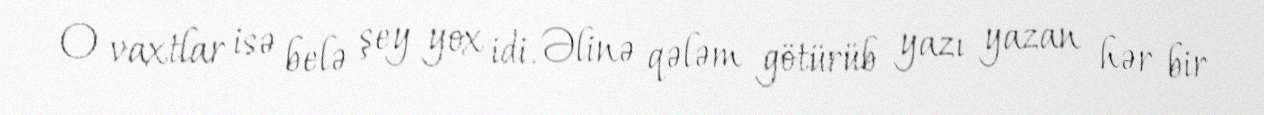
O vaxtlar isə belə şey yox idi. Əlinə qələm götürüb yazı yazan hər bir